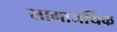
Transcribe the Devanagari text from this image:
सामाजर्थिक